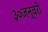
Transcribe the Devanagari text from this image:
३०जन्वरी